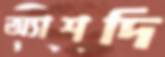
অ্যাশদি